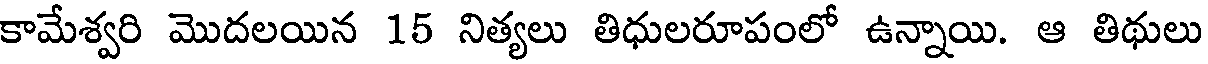
కామేశ్వరి మొదలయిన 15 నిత్యలు తిధులరూపంలో ఉన్నాయి. ఆ తిథులు